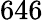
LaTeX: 646